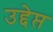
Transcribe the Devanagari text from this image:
उद्देप्त